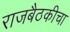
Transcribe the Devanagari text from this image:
राजबैठकीचा